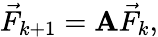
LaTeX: {\vec{F}}_{k+1}=\mathbf{A}{\vec{F}}_{k},